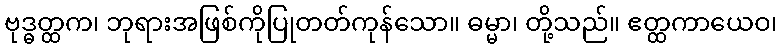
ဗုဒ္ဓတ္ထက၊ ဘုရားအဖြစ်ကိုပြုတတ်ကုန်သော။ ဓမ္မာ၊ တို့သည်။ ဧတ္ထကာယေဝ၊